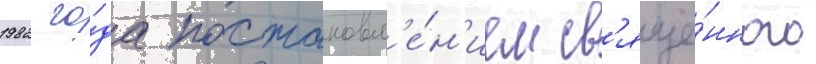
1982 го́да постановл'е́н'ием св'яще́нного